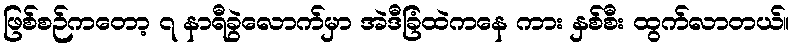
ဖြစ်စဉ်ကတော့ ၇ နာရီခွဲလောက်မှာ အဲဒီခြံထဲကနေ ကား နှစ်စီး ထွက်လာတယ်။